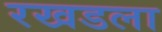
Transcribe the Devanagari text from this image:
रखडला